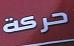
حر